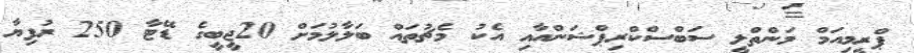
ޕްރީމިއަމް މަންތްލީ ސަބްސްކްރިޕްޝަންއާއި އެކު މެޗުތައް ބަލާލުމަށް 20ޖީބީގެ ޑޭޓާ 250 ރުފިޔާ